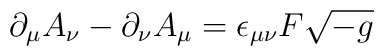
\partial_{\mu}A_{\nu}-\partial_{\nu}A_{\mu}=\epsilon_{\mu\nu}F\sqrt{-g}